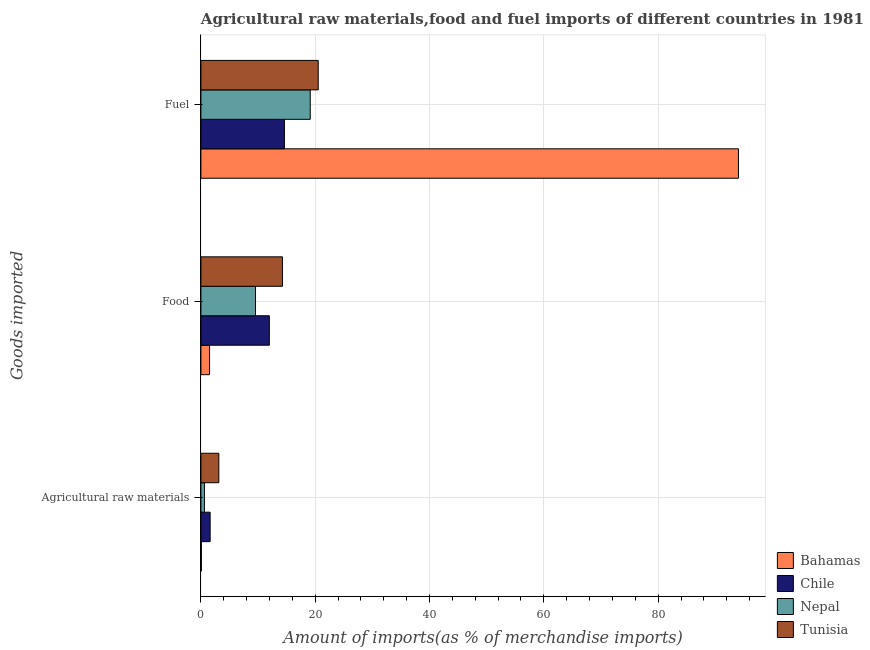
| Goods imported | Bahamas | Chile | Nepal | Tunisia |
 | --- | --- | --- | --- | --- |
 | Agricultural raw materials | 0.0803 | 1.61 | 0.619 | 3.13 |
 | Food | 1.51 | 12 | 9.55 | 14.3 |
 | Fuel | 94.1 | 14.6 | 19.1 | 20.5 |